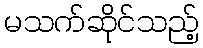
မသက်ဆိုင်သည့်